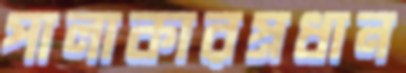
পালাকারপ্রধান